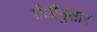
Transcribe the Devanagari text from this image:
शैलीनुसार